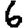
Digit: 6